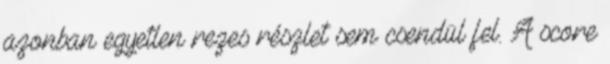
azonban egyetlen rezes részlet sem csendül fel. A score